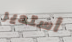
أستدير